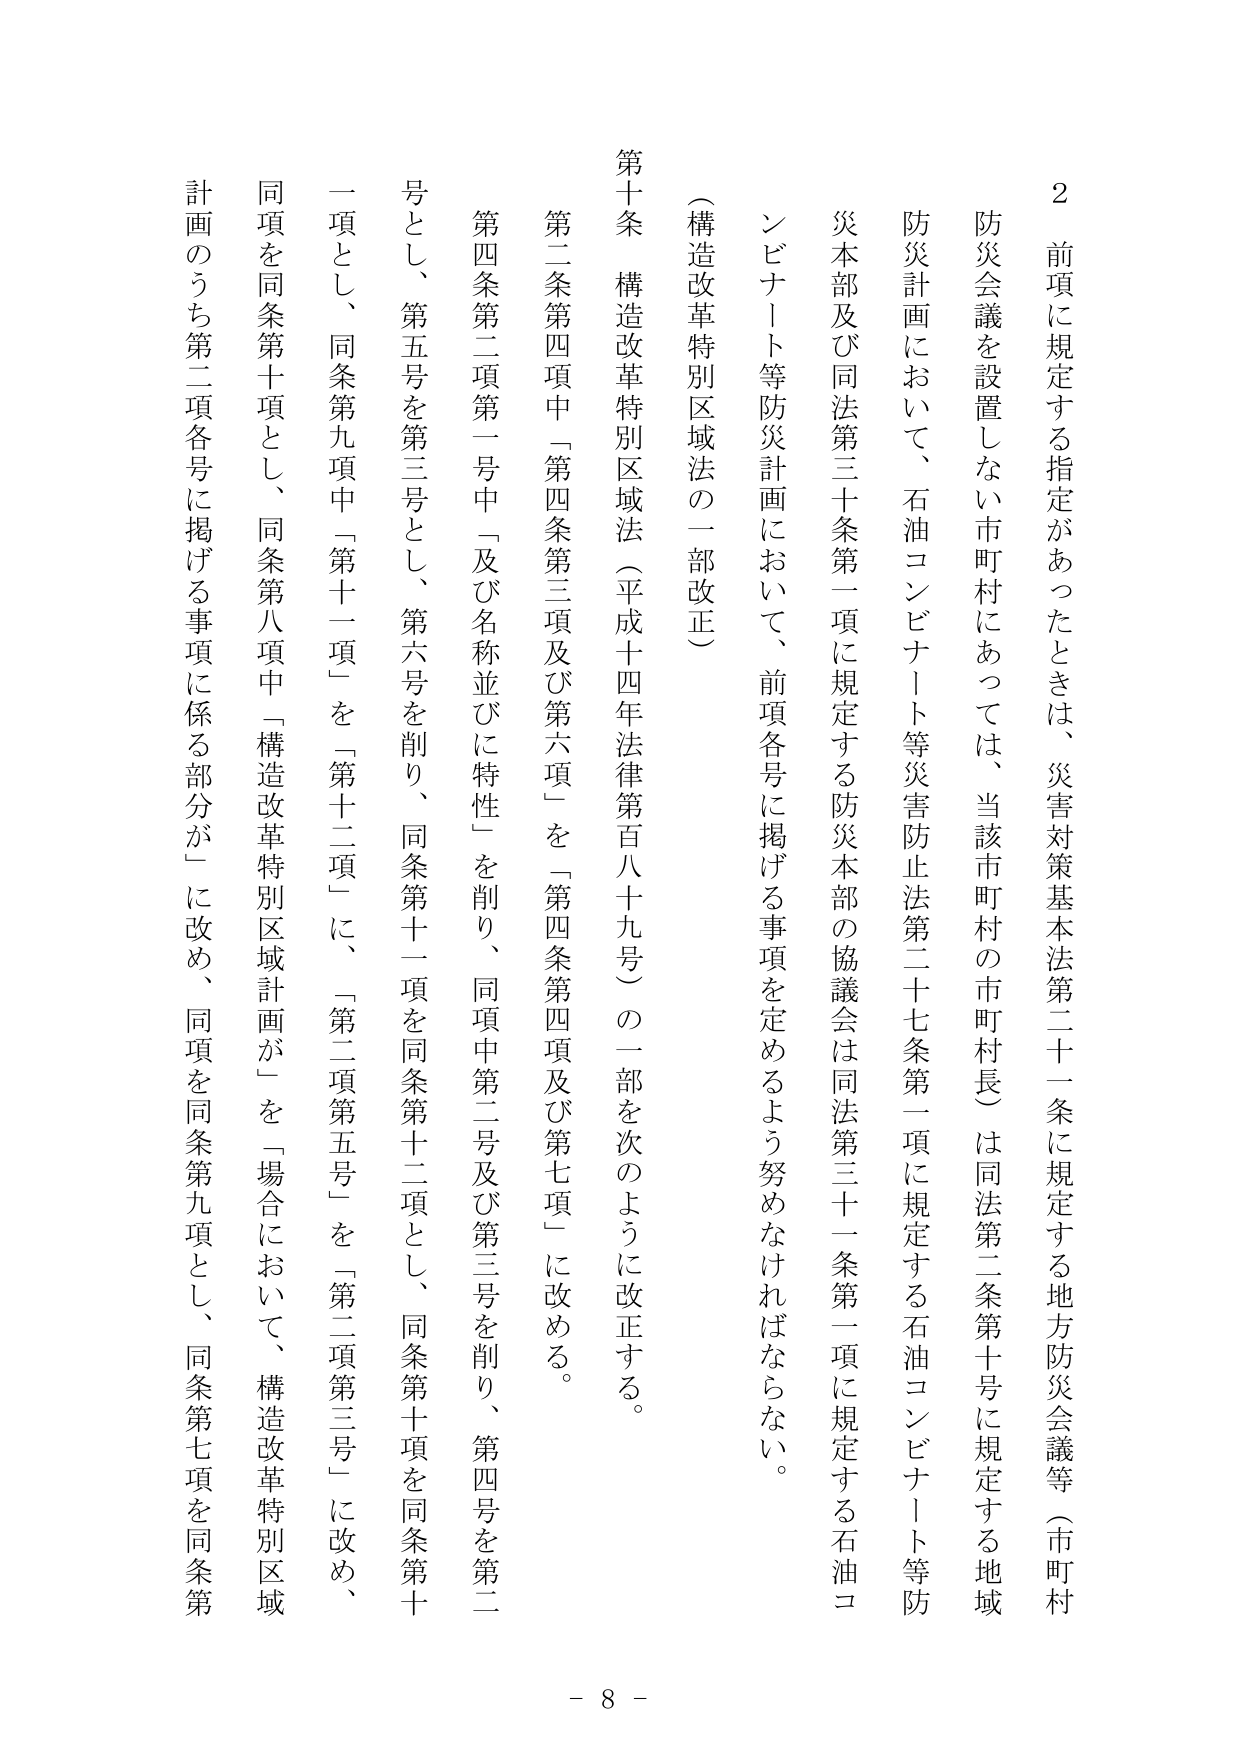
2 前項に規定する指定があったときは、災害対策基本法第二十一条に規定する地方防災会議等（市町村防災会議を設置しない市町村にあっては、当該市町村の市町村長）は同法第二条第十号に規定する地域防災計画において、石油コンビナート等災害防止法第二十七条第一項に規定する石油コンビナート等防災計画において、前項各号に掲げる事項を定めるよう努めなければならない。

災本部及び同法第三十条第一項に規定する防災本部の協議会は同法第三十一条第一項に規定する石油コンビナート等防災計画において、前項各号に掲げる事項を定めるよう努めなければならない。

（構造改革特別区域法の一部改正）

第十条 構造改革特別区域法（平成十四年法律第百八十九号）の一部を次のように改正する。

第二条第四項中「第四条第三項及び第六項」を「第四条第四項及び第七項」に改める。

第四条第二項第一号中「及び名称並びに特性」を削り、同項中第二号及び第三号を削り、第四号を第二号とし、第五号を第三号とし、第六号を削り、同条第十一項を同条第十二項とし、同条第十項を同条第十一項とし、同条第九項中「第十一項」を「第十二項」に、「第二項第五号」を「第二項第三号」に改め、同項を同条第十項とし、同条第八項中「構造改革特別区域計画が」を「場合において、構造改革特別区域計画のうち第二項各号に掲げる事項に係る部分が」に改め、同項を同条第九項とし、同条第七項を同条第

- 8 -